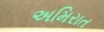
અમિરાત